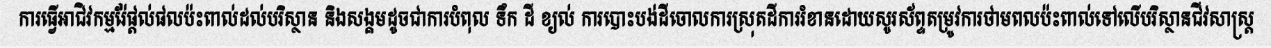
ការធ្វើអាជិវកម្មរ៉ែផ្តល់ផលប៉ះពាល់ដល់បរិស្ថាន និងសង្គមដូចជាការបំពុល ទឹក ដី ខ្យល់ ការបោះបង់ដីចោលការស្រុតដីការរំខានដោយសូរស័ព្ទតម្រូវការថាមពលប៉ះពាល់ទៅលើបរិស្ថានជីវសាស្ត្រ